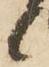
候